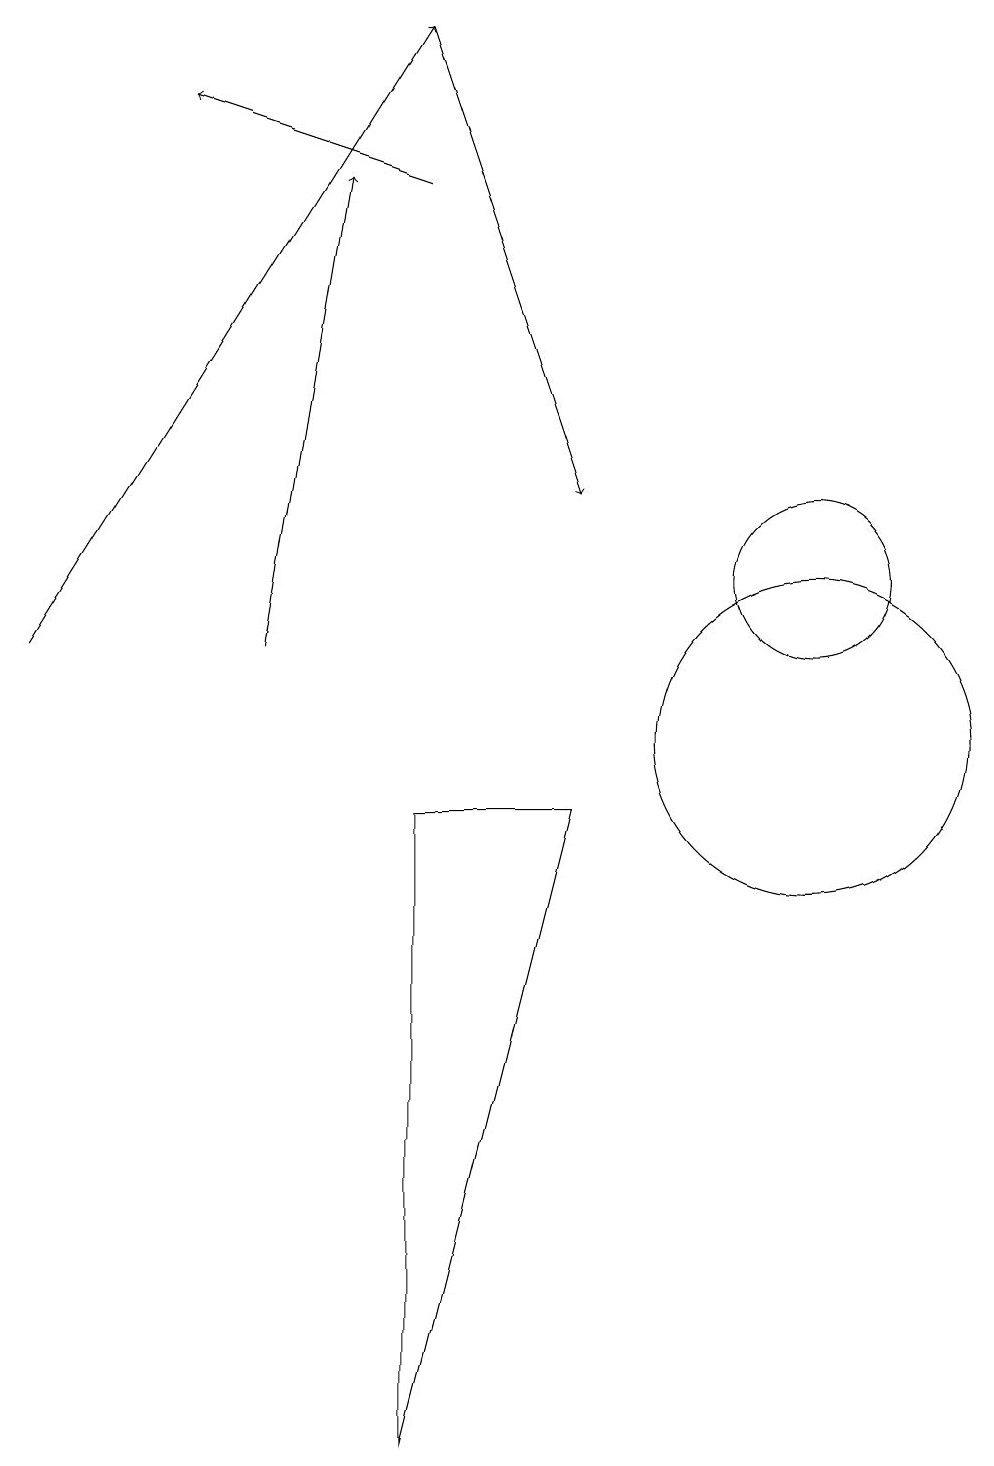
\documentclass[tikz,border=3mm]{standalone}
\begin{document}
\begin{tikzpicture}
\draw[->] (4,11) -- (5,17);
\draw (11,12) circle (1);
\draw[->] (6,17) -- (3,18);
\draw (11,10) circle (2);
\draw (6,9) -- (6,1) -- (8,9) -- cycle;
\draw[->] (1,11) -- (6,19);
\draw[->] (6,19) -- (8,13);
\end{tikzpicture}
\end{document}